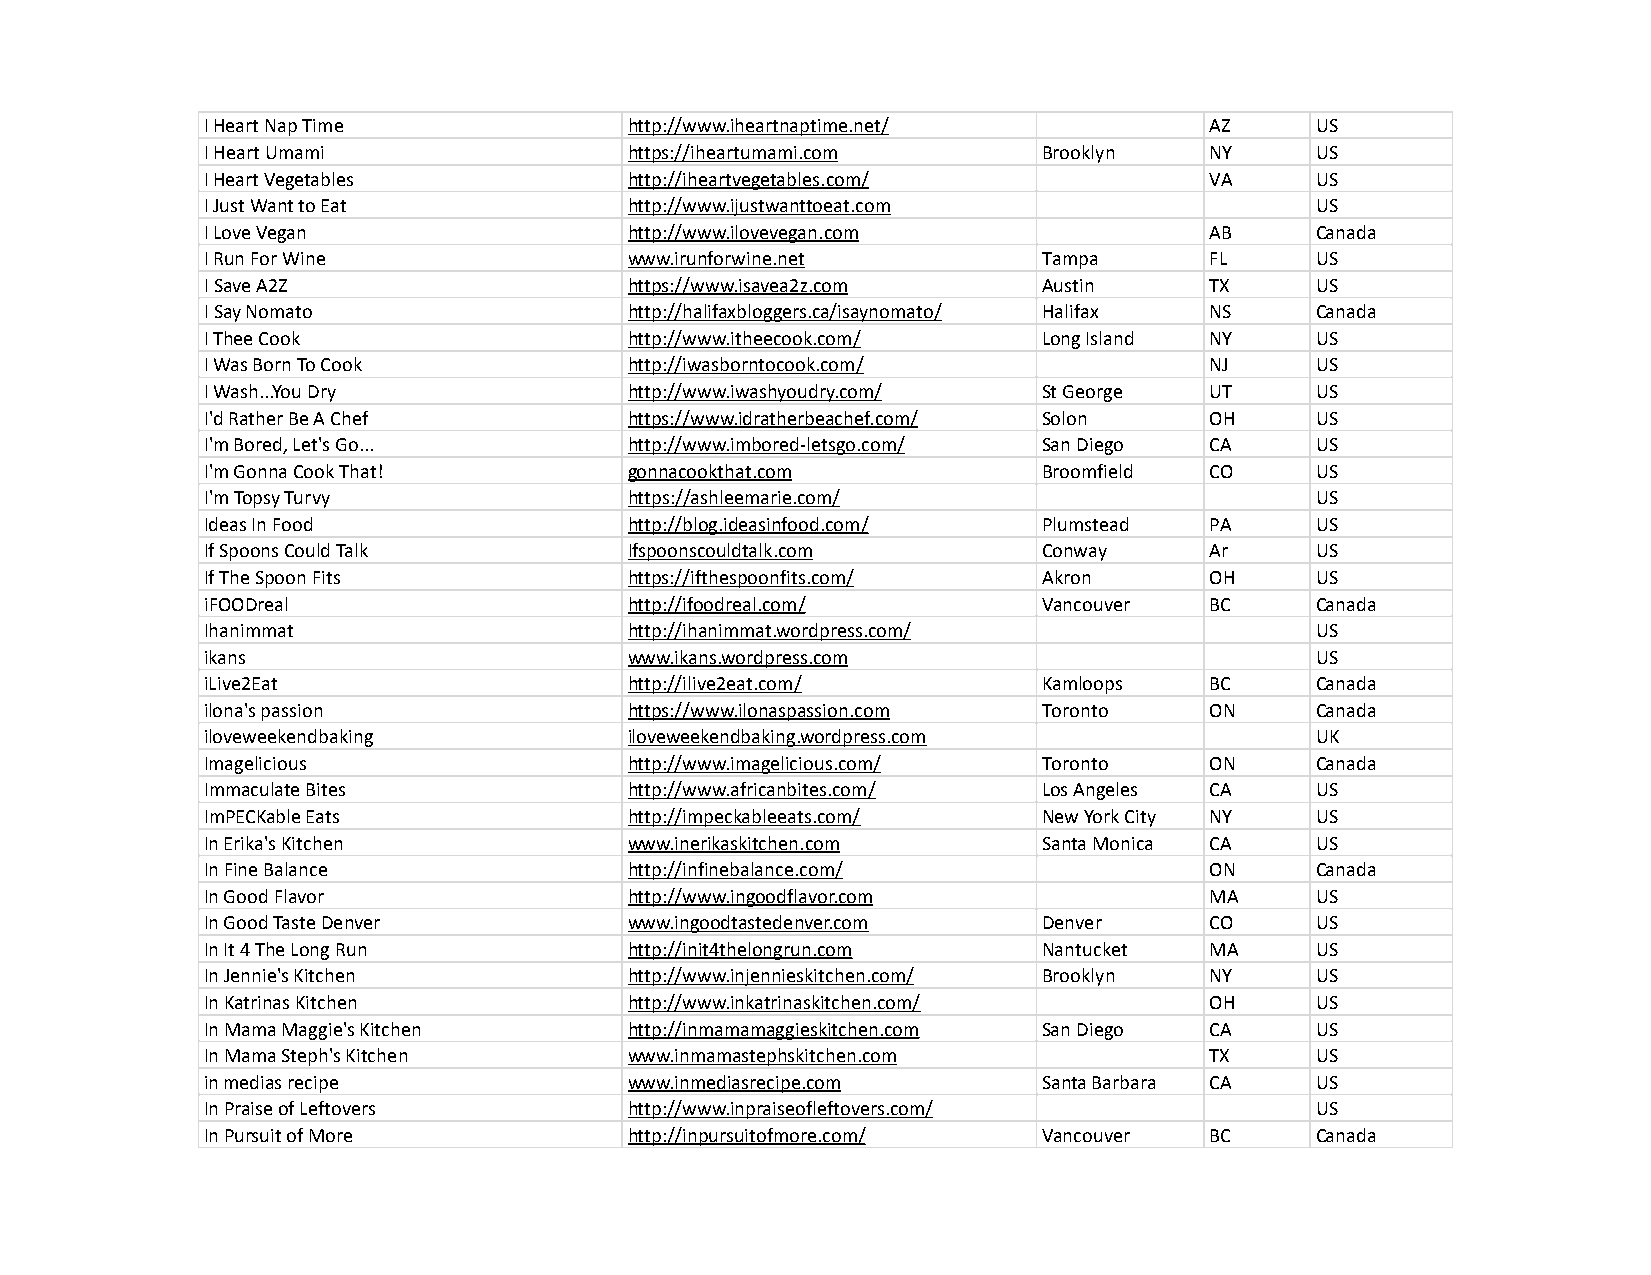
I Heart Nap Time            http://www.iheartnaptime.net/         AZ     US
 I Heart Umami               https://iheartumami.com    Brooklyn   NY     US
 I Heart Vegetables          http://iheartvegetables.com/          VA     US
 I Just Want to Eat          http://www.ijustwanttoeat.com                US
 I Love Vegan                http://www.ilovevegan.com             AB     Canada
 I Run For Wine              www.irunforwine.net        Tampa      FL     US
 I Save A2Z                  https://www.isavea2z.com   Austin     TX     US
 I Say Nomato                http://halifaxbloggers.ca/isaynomato/ Halifax NS Canada
 I Thee Cook                 http://www.itheecook.com/  Long Island NY    US
 I Was Born To Cook          http://iwasborntocook.com/            NJ     US
 I Wash...You Dry            http://www.iwashyoudry.com/ St George UT     US
 I'd Rather Be A Chef        https://www.idratherbeachef.com/ Solon OH    US
 I'm Bored, Let's Go...      http://www.imbored-letsgo.com/ San Diego CA  US
 I'm Gonna Cook That!        gonnacookthat.com          Broomfield CO     US
 I'm Topsy Turvy             https://ashleemarie.com/                     US
 Ideas In Food               http://blog.ideasinfood.com/ Plumstead PA    US
 If Spoons Could Talk        Ifspoonscouldtalk.com      Conway     Ar     US
 If The Spoon Fits           https://ifthespoonfits.com/ Akron     OH     US
 iFOODreal                   http://ifoodreal.com/      Vancouver  BC     Canada
 Ihanimmat                   http://ihanimmat.wordpress.com/              US
 ikans                       www.ikans.wordpress.com                      US
 iLive2Eat                   http://ilive2eat.com/      Kamloops   BC     Canada
 ilona's passion             https://www.ilonaspassion.com Toronto ON     Canada
 iloveweekendbaking          iloveweekendbaking.wordpress.com             UK
 Imagelicious                http://www.imagelicious.com/ Toronto  ON     Canada
 Immaculate Bites            http://www.africanbites.com/ Los Angeles CA  US
 ImPECKable Eats             http://impeckableeats.com/ New York City NY  US
 In Erika's Kitchen          www.inerikaskitchen.com    Santa Monica CA   US
 In Fine Balance             http://infinebalance.com/             ON     Canada
 In Good Flavor              http://www.ingoodflavor.com           MA     US
 In Good Taste Denver        www.ingoodtastedenver.com  Denver     CO     US
 In It 4 The Long Run        http://init4thelongrun.com Nantucket  MA     US
 In Jennie's Kitchen         http://www.injennieskitchen.com/ Brooklyn NY US
 In Katrinas Kitchen         http://www.inkatrinaskitchen.com/     OH     US
 In Mama Maggie's Kitchen    http://inmamamaggieskitchen.com San Diego CA US
 In Mama Steph's Kitchen     www.inmamastephskitchen.com           TX     US
 in medias recipe            www.inmediasrecipe.com     Santa Barbara CA  US
 In Praise of Leftovers      http://www.inpraiseofleftovers.com/          US
 In Pursuit of More          http://inpursuitofmore.com/ Vancouver BC     Canada